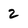
Character: 2